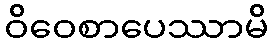
ဝိဝေစာပေဿာမိ